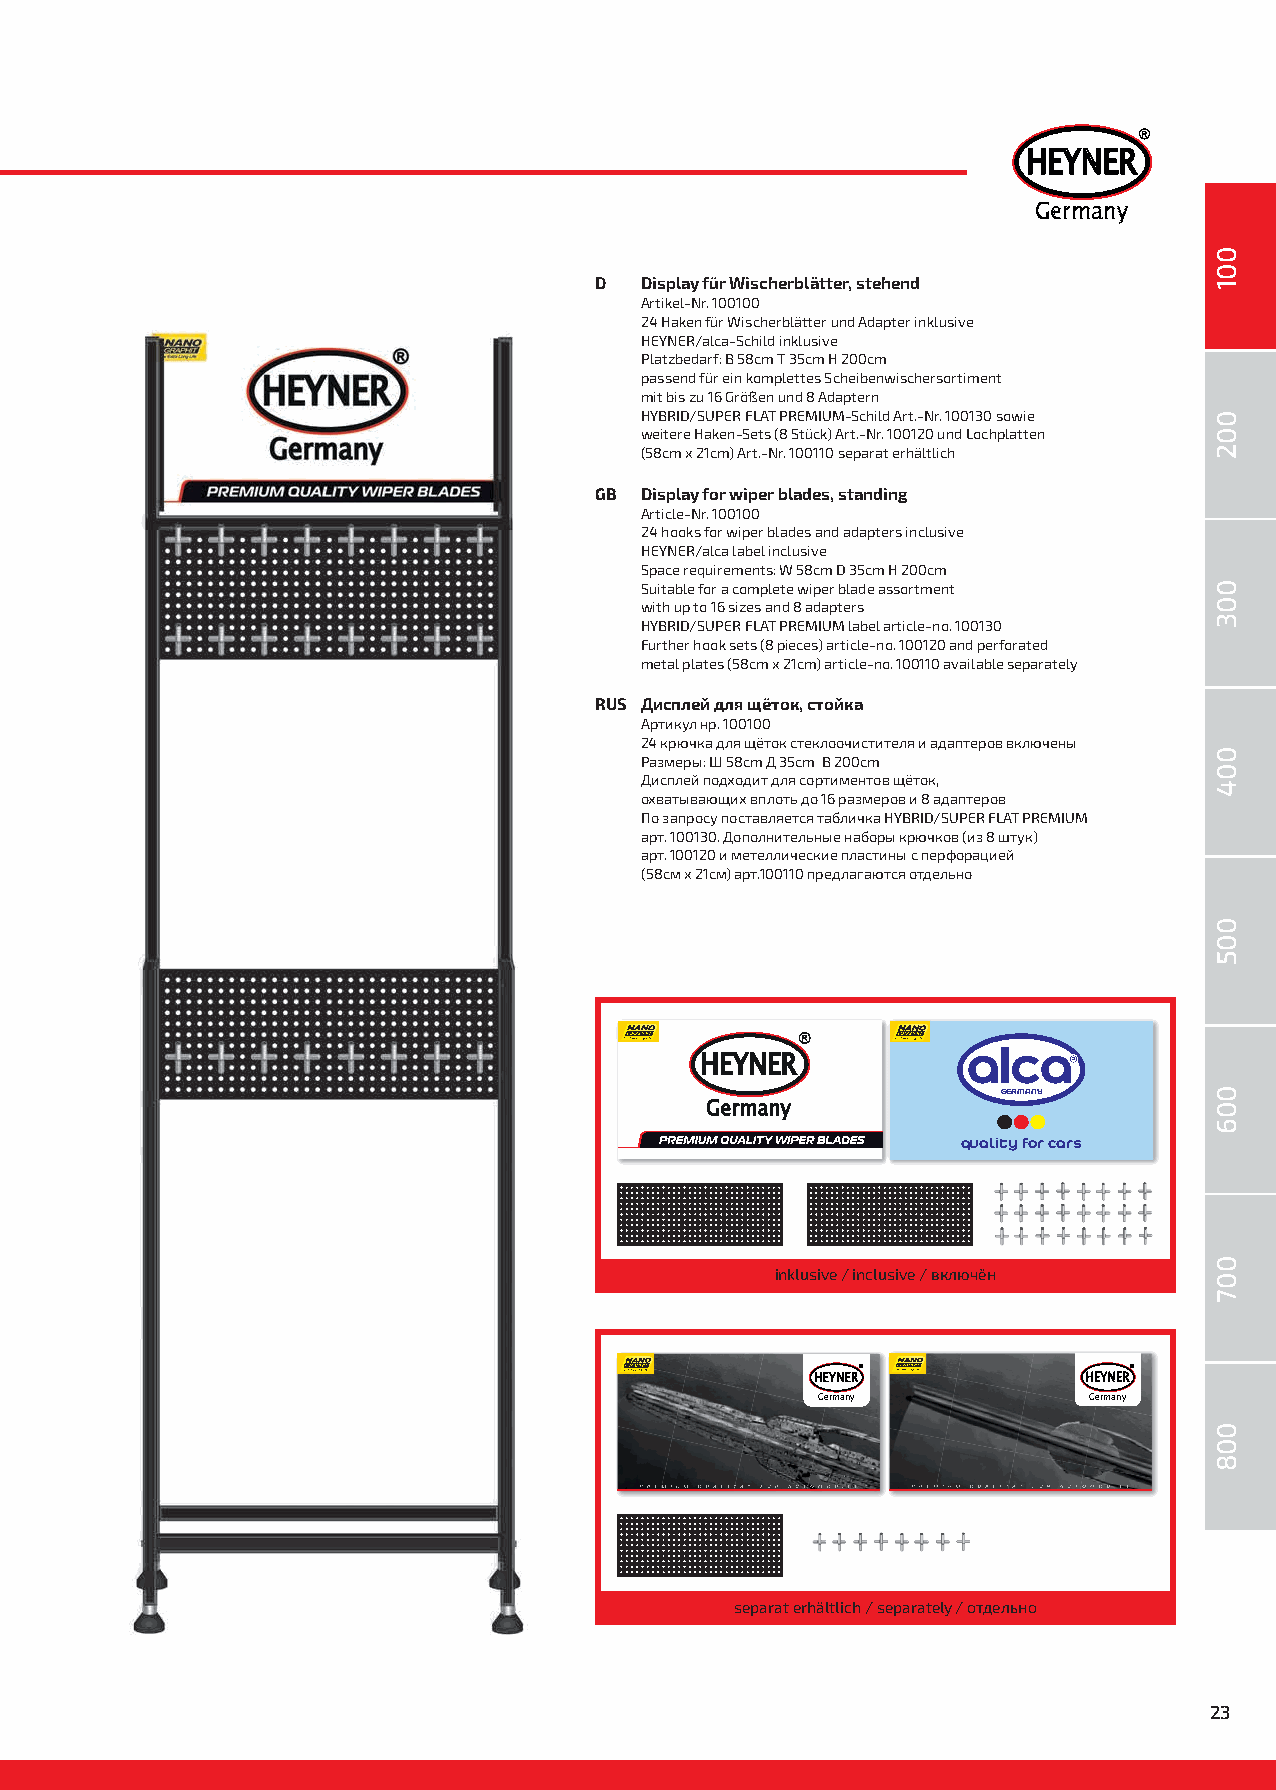
®
 HEYNER
 Germany
 D  Display für Wischerblätter, stehend
 Artikel-Nr. 100100
 24 Haken für Wischerblätter und Adapter inklusive
 HEYNER/alca-Schild inklusive
 Platzbedarf: B 58cm T 35cm H 200cm
 passend für ein komplettes Scheibenwischersortiment
 mit bis zu 16 Größen und 8 Adaptern
 HYBRID/SUPER FLAT PREMIUM-Schild Art.-Nr. 100130 sowie
 weitere Haken-Sets (8 Stück) Art.-Nr. 100120 und Lochplatten
 (58cm x 21cm) Art.-Nr. 100110 separat erhältlich
 GB Display for wiper blades, standing
 Article-Nr. 100100
 24 hooks for wiper blades and adapters inclusive
 HEYNER/alca label inclusive
 Space requirements: W 58cm D 35cm H 200cm
 Suitable for a complete wiper blade assortment
 with up to 16 sizes and 8 adapters
 HYBRID/SUPER FLAT PREMIUM label article-no. 100130
 Further hook sets (8 pieces) article-no. 100120 and perforated
 metal plates (58cm x 21cm) article-no. 100110 available separately
 RUS Дисплей для щёток, стойка
 Артикул нр. 100100
 24 крючка для щёток стеклоочистителя и адаптеров включены
 Размеры: Ш 58cm Д 35cm В 200cm
 Дисплей подходит для сортиментов щёток,
 охватывающих вплоть до 16 размеров и 8 адаптеров
 По запросу поставляется табличка HYBRID/SUPER FLAT PREMIUM
 арт. 100130. Дополнительные наборы крючков (из 8 штук)
 арт. 100120 и метеллические пластины с перфорацией
 (58см x 21см) арт.100110 предлагаются отдельно
 GERMANY
 quality for cars
 inklusive / inclusive / включён
 ®                 ®
 HEYNER            HEYNER
 Germany           Germany
 separat erhältlich / separately / отдельно
 23
 001
 002
 003
 004
 005
 006
 007
 008